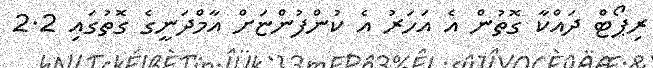
ރިޕޯޓް ދައްކާ ގޮތުން އެ އަހަރު އެ ކުންފުންޏަށް އާމްދަނީގެ ގޮތުގައި 2.2